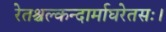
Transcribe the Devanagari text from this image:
रेतश्चल्कन्दार्माघरेतसः।